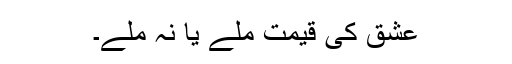
عشق کی قیمت ملے یا نہ ملے۔